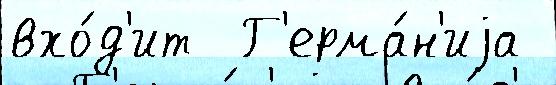
вхо́д'ит  Г'ерма́н'иjа